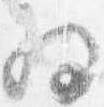
為